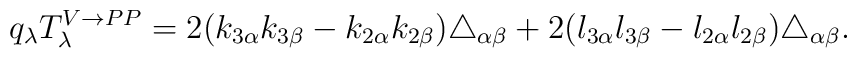
q_{\lambda }T_{\lambda }^{V\rightarrow PP}=2(k_{3\alpha }k_{3\beta}-k_{2\alpha }k_{2\beta })\triangle _{\alpha \beta }+2(l_{3\alpha }l_{3\beta}-l_{2\alpha }l_{2\beta })\triangle _{\alpha \beta }.